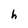
Character: h